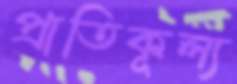
প্রাতিকূল্য